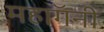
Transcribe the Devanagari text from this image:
महाॅगनी